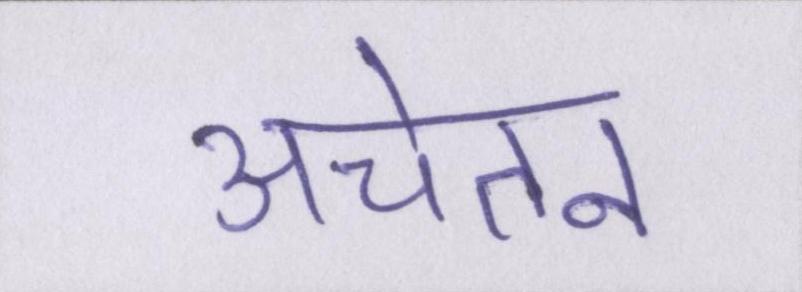
अचेतन